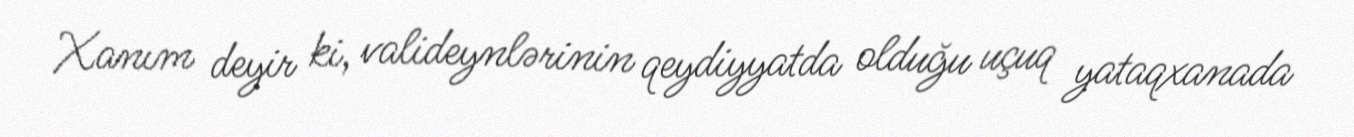
Xanım deyir ki, valideynlərinin qeydiyyatda olduğu uçuq yataqxanada